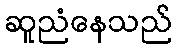
ဆူညံနေသည်